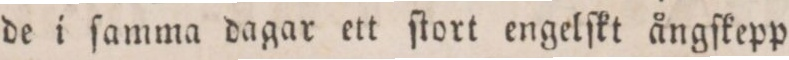
de i ſamma dagar ett ſtort engelſkt ångſkepp